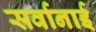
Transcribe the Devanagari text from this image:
सर्वानाई